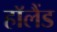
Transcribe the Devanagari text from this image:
हाॅलैंड